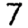
Digit: 7